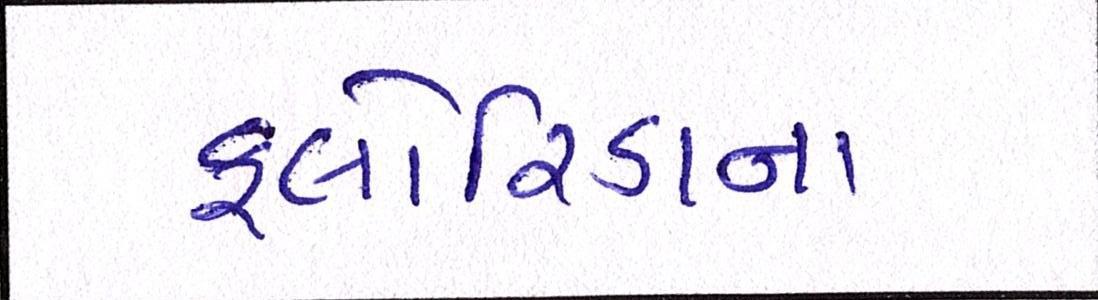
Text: ફ્લોરિડાના